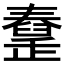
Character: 𦦜